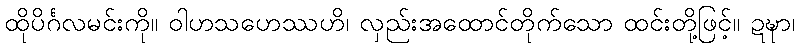
ထိုပိင်္ဂလမင်းကို။ ဝါဟသဟေဿဟိ၊ လှည်းအထောင်တိုက်သော ထင်းတို့ဖြင့်။ ဍဍ္ဎာ၊